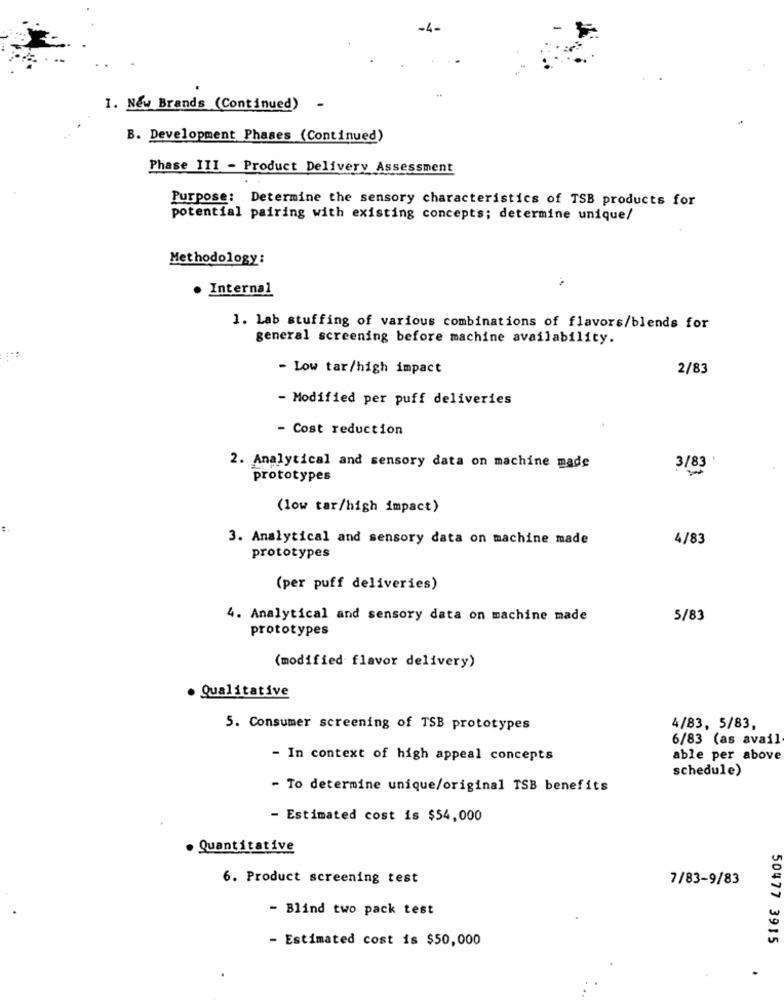
1. New Brands (Continued)
B. Development Phases (Continued)
Phase III - Product Delivery Assessment
Purpose: Determine the sensory characteristics of TSB products for
potential pairing with existing concepts; determine unique/
Methodology:
. Internal
1. Lab stuffing of various combinations of flavors/blends for
general screening before machine availability.
- Low tar/high impact
2/83
- Modified per puff deliveries
- Cost reduction
2. Analytical and sensory data on machine made
3/83
prototypes
(low tar/high impact)
3. Analytical and sensory data on machine made
4/83
prototypes
(per puff deliveries)
4. Analytical and sensory data on machine made
5/83
prototypes
(modified flavor delivery)
· Qualitative
5. Consumer screening of TSB prototypes
4/83, 5/83,
6/83 (as avail
- In context of high appeal concepts
able per above
schedule)
- To determine unique/original TSB benefits
- Estimated cost is $54,000
. Quantitative
6. Product screening test
7/83-9/83
- Blind two pack test
- Estimated cost is $50,000
50477 3915